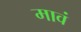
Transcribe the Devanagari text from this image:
मावं